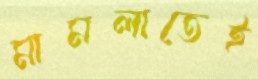
মামলাতেই